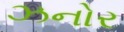
ઝનોર